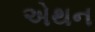
એથન